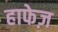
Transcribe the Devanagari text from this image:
हाफेज़